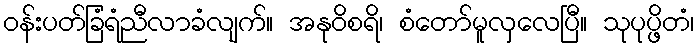
ဝန်းပတ်ခြံရံညီလာခံလျက်။ အနုဝိစရိ၊ စံတော်မူလှလေပြီ။ သုပုပ္ဖိတံ၊